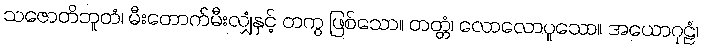
သဇောတိဘူတံ၊ မီးတောက်မီးလျှံနှင့် တကွ ဖြစ်သော။ တတ္တံ၊ လောလောပူသော။ အယောဂုဠံ၊